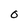
Character: 0